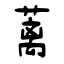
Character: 蓠